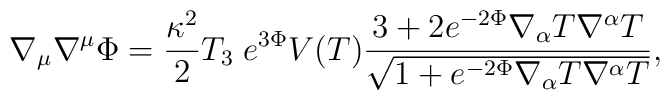
\nabla_\mu\nabla^\mu\Phi =\frac{\kappa^2}{2}T_3\;e^{3\Phi}V(T)\frac{3+2e^{-2\Phi}\nabla_\alpha T\nabla^\alpha T}{\sqrt{1+e^{-2\Phi}\nabla_\alpha T\nabla^\alpha T}},